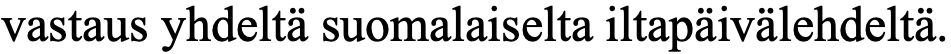
vastaus yhdeltä suomalaiselta iltapäivälehdeltä.